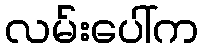
လမ်းပေါ်က